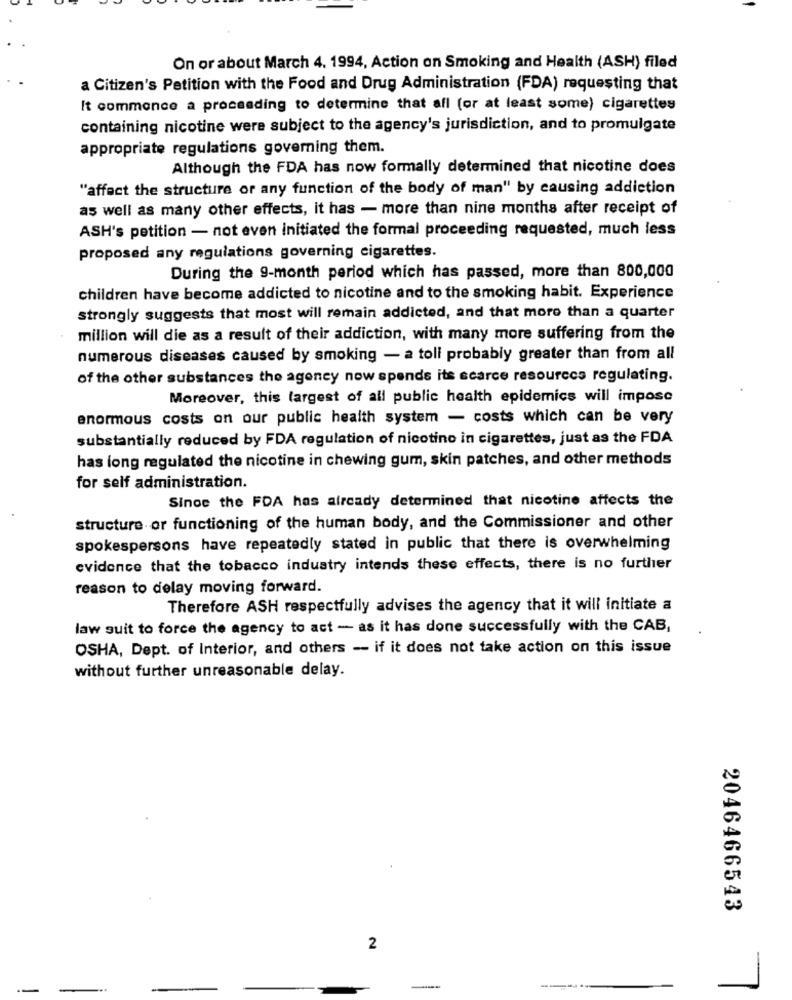
On or about March 4. 1994, Action on Smoking and Health (ASH) filed
a Citizen's Petition with the Food and Drug Administration (FDA) requesting that
It commence a proceeding to determine that all (or at least some) cigarettes
containing nicotine were subject to the agency's jurisdiction, and to promulgate
appropriate regulations governing them.
Although the FDA has now formally determined that nicotine does
"affect the structure or any function of the body of man" by causing addiction
as well as many other effects, it has - more than nine months after receipt of
ASH's petition - not even initiated the formal proceeding requested, much less
proposed any regulations governing cigarettes.
During the 9-month period which has passed, more than 800,000
children have become addicted to nicotine and to the smoking habit. Experience
strongly suggests that most will remain addicted, and that more than a quarter
million will die as a result of their addiction, with many more suffering from the
numerous diseases caused by smoking - a toll probably greater than from all
of the other substances the agency now spends its scarce resources regulating.
Moreover, this largest of all public health epidemics will impose
enormous costs on our public health system - costs which can be very
substantially reduced by FDA regulation of nicotino in cigarettes, just as the FDA
has long regulated the nicotine in chewing gum, skin patches, and other methods
for self administration.
Since the FDA has already determined that nicotine affects the
structure or functioning of the human body, and the Commissioner and other
spokespersons have repeatedly stated in public that there is overwhelming
evidence that the tobacco industry intends these effects, there is no further
reason to delay moving forward.
Therefore ASH respectfully advises the agency that it will initiate a
law suit to force the agency to act - as it has done successfully with the CAB,
OSHA, Dept. of Interior, and others - if it does not take action on this issue
without further unreasonable delay.
2046466543
2